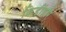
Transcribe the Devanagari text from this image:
किडींद्वारे